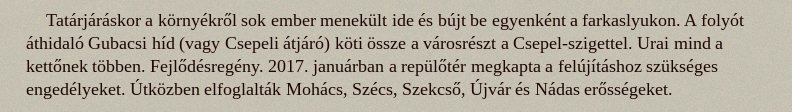
Tatárjáráskor a környékről sok ember menekült ide és bújt be egyenként a farkaslyukon. A folyót áthidaló Gubacsi híd (vagy Csepeli átjáró) köti össze a városrészt a Csepel-szigettel. Urai mind a kettőnek többen. Fejlődésregény. 2017. januárban a repülőtér megkapta a felújításhoz szükséges engedélyeket. Útközben elfoglalták Mohács, Szécs, Szekcső, Újvár és Nádas erősségeket.